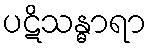
ပဋိသန္ဓာရာ